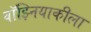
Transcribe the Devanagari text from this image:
वॉझ्नियाकीला